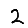
Digit: 2